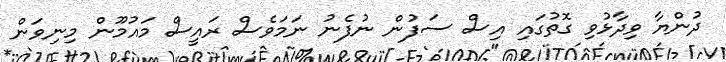
ދުންޔާ ވިދާޅުވި ގޮތުގައި އިސް ސަފުން ނުފެނު ނަމަވެސް ރައީސް މައުމޫން މިނިވަން